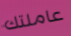
عاملتك